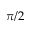
\pi / 2